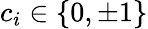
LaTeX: c_{i}\in\{ 0,\pm 1\}